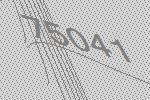
75041